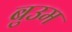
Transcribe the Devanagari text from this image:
बुउम